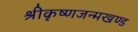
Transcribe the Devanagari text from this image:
श्रीकृष्णजन्मखण्ड